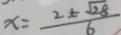
x = \frac { 2 \pm \sqrt { 2 8 } } { 6 }